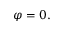
\varphi = 0 .